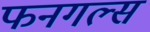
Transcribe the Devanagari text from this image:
फनगल्स